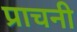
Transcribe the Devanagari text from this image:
प्राचनी